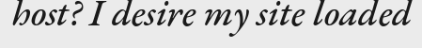
host? I desire my site loaded